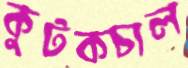
কুটকচাল